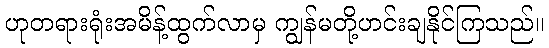
ဟုတရားရုံးအမိန့်ထွက်လာမှ ကျွန်မတို့ဟင်းချနိုင်ကြသည်။